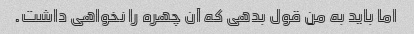
اما باید به من قول بدهی که آن چهره را نخواهی داشت.